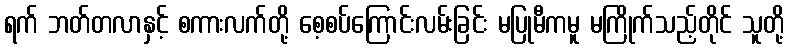
ရက် ဘတ်တလာနှင့် စကားလက်တို့ စေ့စပ်ကြောင်းလမ်းခြင်း မပြုမီကမူ မကြိုက်သည့်တိုင် သူတို့